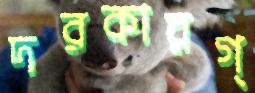
দরকারগ্